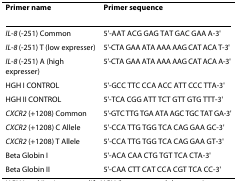
| Primer name | Primer sequence |
 | --- | --- |
 | IL-8 (-251) Common | 5'-AAT ACG GAG TAT GAC GAA A-3' |
 | IL-8 (-251) T (low expresser) | 5'-CTA GAA ATA AAA AAG CAT ACA T-3' |
 | IL-8 (-251) A (high expresser) | 5'-CTA GAA ATA AAA AAG CAT ACA A-3' |
 | HGH I CONTROL | 5'-GCC TTC CCA ACC ATT CCC TTA-3' |
 | HGH II CONTROL | 5'-TCA CGG ATT TCT GTT GTG TTT-3' |
 | CXCR2 (+1208) Common | 5'-GTC TTG TGA ATA AGC TGC TAT GA-3' |
 | CXCR2 (+1208) C Allele | 5'-CCA TTG TGG TCA CAG GAA GC-3' |
 | CXCR2 (+1208) T Allele | 5'-CCA TTG TGG TCA CAG GAA GT-3' |
 | Beta Globin I | 5'-ACA CAA CTG TGT TCA CTA-3' |
 | Beta Globin II | 5'-CAA CTT CAT CCA CGT TCA CC-3' |